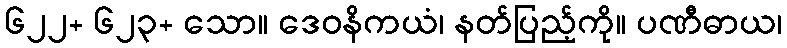
၆၂၂+ ၆၂၃+ သော။ ဒေဝနိကယံ၊ နတ်ပြည့်ကို။ ပဏီဓာယ၊